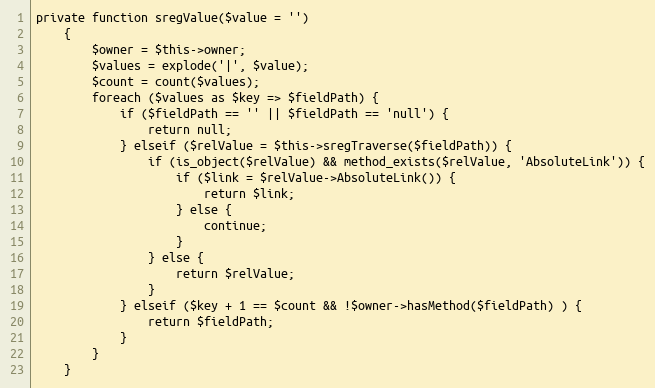
Language: PHP
private function sregValue($value = '')
    {
        $owner = $this->owner;
        $values = explode('|', $value);
        $count = count($values);
        foreach ($values as $key => $fieldPath) {
            if ($fieldPath == '' || $fieldPath == 'null') {
                return null;
            } elseif ($relValue = $this->sregTraverse($fieldPath)) {
                if (is_object($relValue) && method_exists($relValue, 'AbsoluteLink')) {
                    if ($link = $relValue->AbsoluteLink()) {
                        return $link;
                    } else {
                        continue;
                    }
                } else {
                    return $relValue;
                }
            } elseif ($key + 1 == $count && !$owner->hasMethod($fieldPath) ) {
                return $fieldPath;
            }
        }
    }